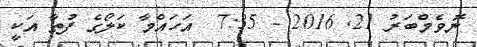
ނޮވެމްބަރު 21